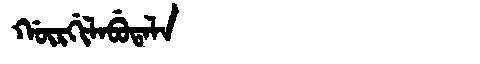
Manchu: ᡤᡡᡵᡤᡳᠯᠠᠪᡠᡨᠠᠯᠠ
Romanization: GŪRGILABUTALA